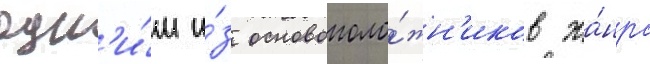
одн'и́м и́з основополо́жн'иков жа́нра